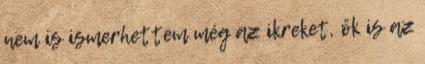
nem is ismerhettem még az ikreket, ők is az